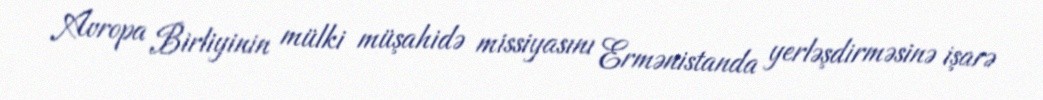
Avropa Birliyinin mülki müşahidə missiyasını Ermənistanda yerləşdirməsinə işarə